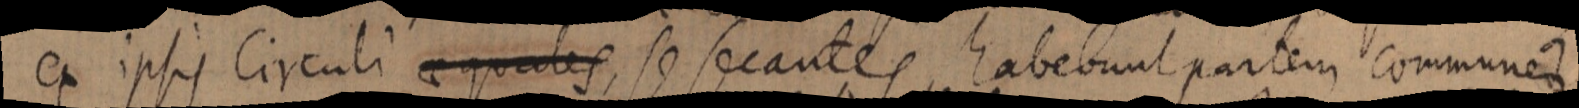
ex ipsis circuli aequales, se secantes, habebunt partem communes